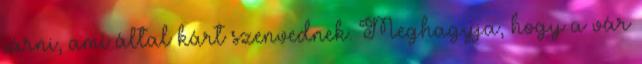
járni, ami által kárt szenvednek. Meghagyja, hogy a vár